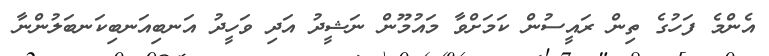
އެންމެ ފަހުގެ ތިން ރައީސުން ކަމަށްވާ މައުމޫން ނަޝީދު އަދި ވަހީދު އަނބިއަނބިކަނބަލުންނާ